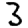
Digit: 3